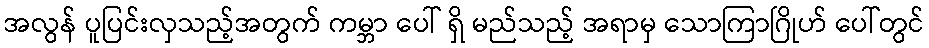
အလွန် ပူပြင်းလှသည့်အတွက် ကမ္ဘာ ပေါ် ရှိ မည်သည့် အရာမှ သောကြာဂြိုဟ် ပေါ်တွင်